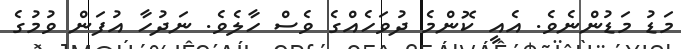
މަޑު މަޑުންނެވެ. އެއީ ކޮންމެ ދުވަހެއްގެ ވެސް ހާލެވެ. ނަދުހާ އުފަން ވުމުގެ